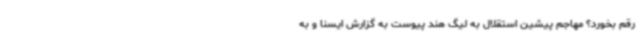
رقم بخورد؟ مهاجم پیشین استقلال به لیگ هند پیوست به گزارش ایسنا و به